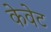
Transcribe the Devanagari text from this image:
केवेट